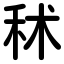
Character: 秫